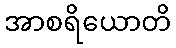
အာစရိယောတိ